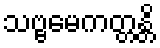
သဗ္ဗမေကတ္တန္တိ